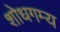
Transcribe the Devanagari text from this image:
शोधगम्‍य